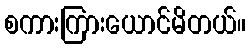
စကားကြားယောင်မိတယ်။